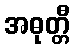
အဓုတ္တီ